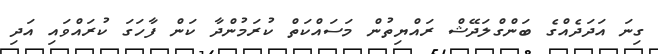
ގިނަ އަދަދެއްގެ ބަންގްލަދޭޝް ރައްޔިތުން މަސައްކަތް ކުރަމުންދާ ކަން ފާހަގަ ކުރައްވައި އަދި